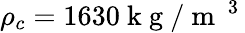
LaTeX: {{\rho}_{c}}=1630\mathrm{~k~g~}/{{\mathrm{~m~}}^{\mathrm{~3~}}}